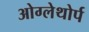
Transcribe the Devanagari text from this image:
ओग्लेथोर्प